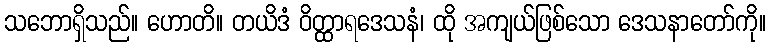
သဘောရှိသည်။ ဟောတိ။ တယိဒံ ဝိတ္ထာရဒေသနံ၊ ထို အကျယ်ဖြစ်သော ဒေသနာတော်ကို။